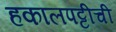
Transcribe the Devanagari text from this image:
हकालपट्टीची